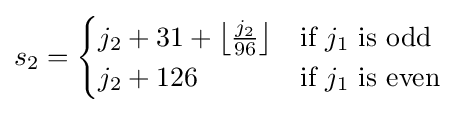
s_{2}={\begin{cases}j_{2}+31+\left\lfloor {\frac {j_{2}}{96}}\right\rfloor &{\mbox{if }}j_{1}{\mbox{ is odd }}\\j_{2}+126&{\mbox{if }}j_{1}{\mbox{ is even }}\end{cases}}